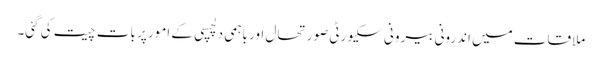
ملاقات میں اندرونی بیرونی سکیورٹی صورتحال اور باہمی دلچسپی کے امور پر بات چیت کی گئی۔